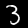
Label: 3